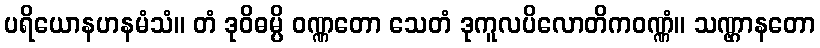
ပရိယောနဟနမံသံ။ တံ ဒုဝိဓမ္ပိ ဝဏ္ဏတော သေတံ ဒုကူလပိလောတိကဝဏ္ဏံ။ သဏ္ဌာနတော